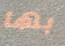
بها